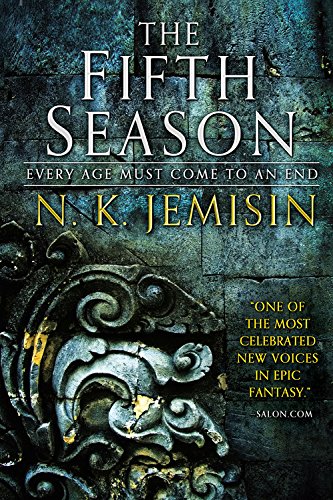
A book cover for The Fifth Season (The Broken Earth); N. K. Jemisin; Science Fiction & Fantasy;